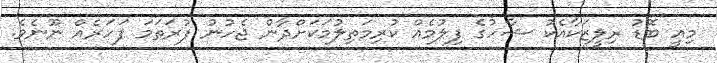
މިއީ ބޮޑު ރިލީޒަކާއެކު ޝާހުގެ ފިލުމެއް ކުރިމަތިލުމަކަށްދާން ޖެހުނު ފުރަތަމަ ފަހަރެއް ނޫނެވެ.